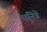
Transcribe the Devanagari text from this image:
एनिडे